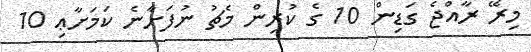
މިރޭ ރާއްޖެ ގަޑިން 10 ގެ ކުރިން މެޗު ނުފަށާނެ ކަމަށާޢި 10